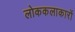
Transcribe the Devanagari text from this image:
लोककलाकारों